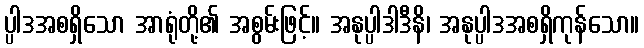
ပ္ပါဒအစရှိသော အာရုံတို့၏ အစွမ်းဖြင့်။ အနုပ္ပါဒါဒီနိ၊ အနုပ္ပါဒအစရှိကုန်သော။